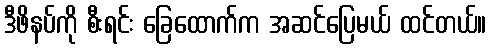
ဒီဖိနပ်ကို စီးရင်း ခြေထောက်က အဆင်ပြေမယ် ထင်တယ်။